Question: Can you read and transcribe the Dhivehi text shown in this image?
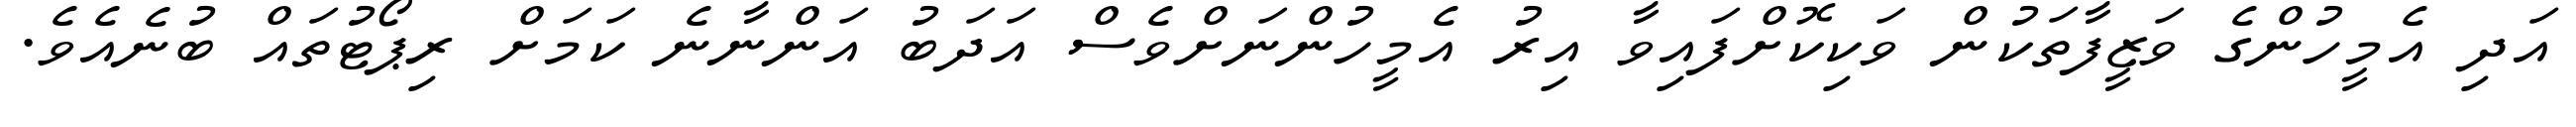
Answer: އަދި އެމީހުންގެ ވަޒީފާތަކުން ވަކިކޮށްފައިވާ އިރު އެމީހުންނަށްވެސް އަދަބު އަންނާނެ ކަމަށް ރިޕޯޓުތައް ބުނެއެވެ.